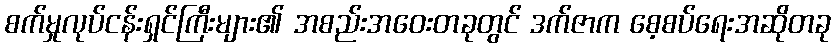
စက်မှုလုပ်ငန်းရှင်ကြီးများ၏ အစည်းအဝေးတခုတွင် ဒက်ဇာက စေ့စပ်ရေးအဆိုတခု